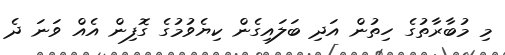
މި މުބާރާތުގެ ހިތުން އަދި ބަލައިގެން ކިޔެވުމުގެ ގޮފިން އެއް ވަނަ ދެ